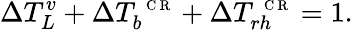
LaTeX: \Delta T_{L}^{v}+\Delta T_{b}^{\mathrm{~\scriptsize~C~R~}}+\Delta T_{rh}^{\mathrm{~\scriptsize~C~R~}}=1.